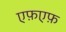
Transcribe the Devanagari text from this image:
एफ़एफ़